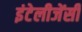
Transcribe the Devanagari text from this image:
इंटेलीजेंसी